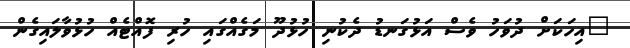
"އިހަކަށް ދުވަހު ވެސް އަޅުގަނޑު ދެކުނި ހުޅުދޫ މަގެއްގައި ހުރި ފޮއްޓެއް ހުޅުވާލައިގެން